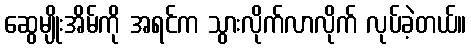
ဆွေမျိုးအိမ်ကို အရင်က သွားလိုက်လာလိုက် လုပ်ခဲ့တယ်။